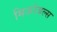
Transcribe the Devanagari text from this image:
मिजरेबल्स